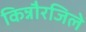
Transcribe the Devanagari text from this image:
किन्नौरजिले